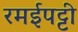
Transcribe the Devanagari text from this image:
रमईपट्टी